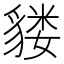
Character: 𫎌